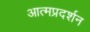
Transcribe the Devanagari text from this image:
आत्मप्रदर्शन